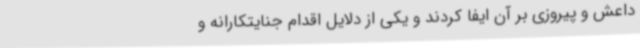
داعش و پیروزی بر آن ایفا کردند و یکی از دلایل اقدام جنایتکارانه و